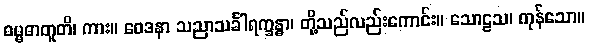
ဓမ္မဓာတူတိ၊ ကား။ ဝေဒနာ သညာသင်္ခါရက္ခန္ဓာ၊ တို့သည်လည်းကောင်း။ သောဠသ၊ ကုန်သော။